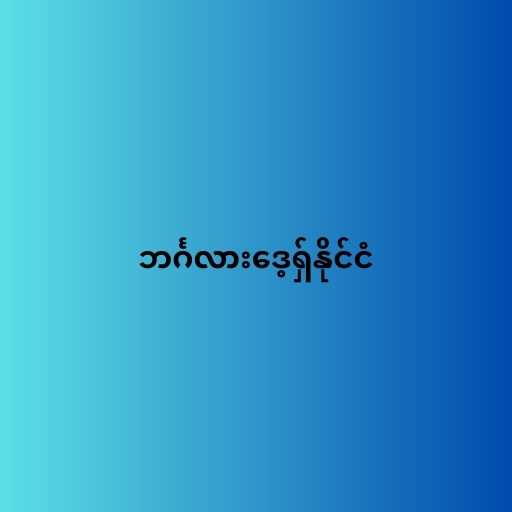
ဘင်္ဂလားဒေ့ရှ်နိုင်ငံ